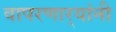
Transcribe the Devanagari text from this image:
वापरणार्‍यांनी